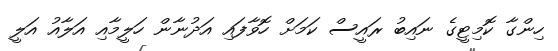
ހިންގާ ކޮމިޓީގެ ނައިބު ރައީސް ކަމަށް ހޮވާފައި އަދުނާން ހަލީމާއި އަލާއު އަލީ